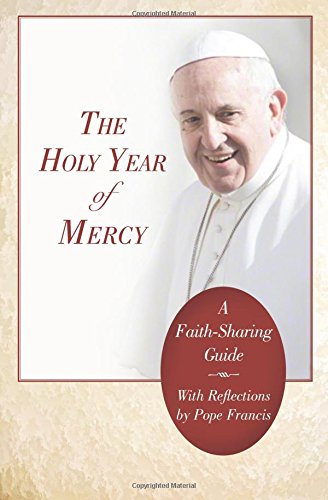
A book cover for The Holy Year of Mercy: A Faith-Sharing Guide With Reflections by Pope Francis; The Word Among Us Press; Christian Books & Bibles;